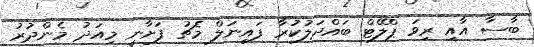
ބާސާ އާއި ރިވަ ޕްލޭޓް ބައްދަލުކުރާ ފައިނަލް މެޗު ފަށާނީ މިއަދު މެންދުރު